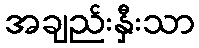
အချည်းနှီးသာ